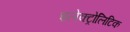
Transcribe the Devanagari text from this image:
इलेक्ट्रोलिटिक